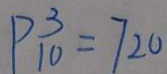
P _ { 1 0 } ^ { 3 } = 7 2 0